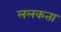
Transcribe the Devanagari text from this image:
ललकता